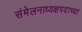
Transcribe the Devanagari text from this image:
संमेलनाध्यक्षपदाच्या